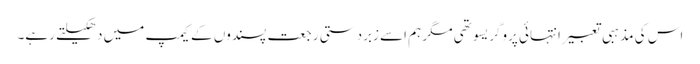
اس کی مذہبی تعبیر انتہائی پروگریسو تھی مگر ہم اسے زبردستی رجعت پسندوں کے کیمپ میں دھکیلتے رہے۔